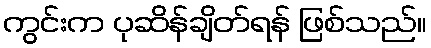
ကွင်းက ပုဆိန်ချိတ်ရန် ဖြစ်သည်။